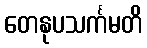
တေနုပသင်္ကမတိ